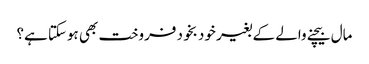
مال بیچنے والے کے بغیر خود بخود فروخت بھی ہوسکتا ہے؟